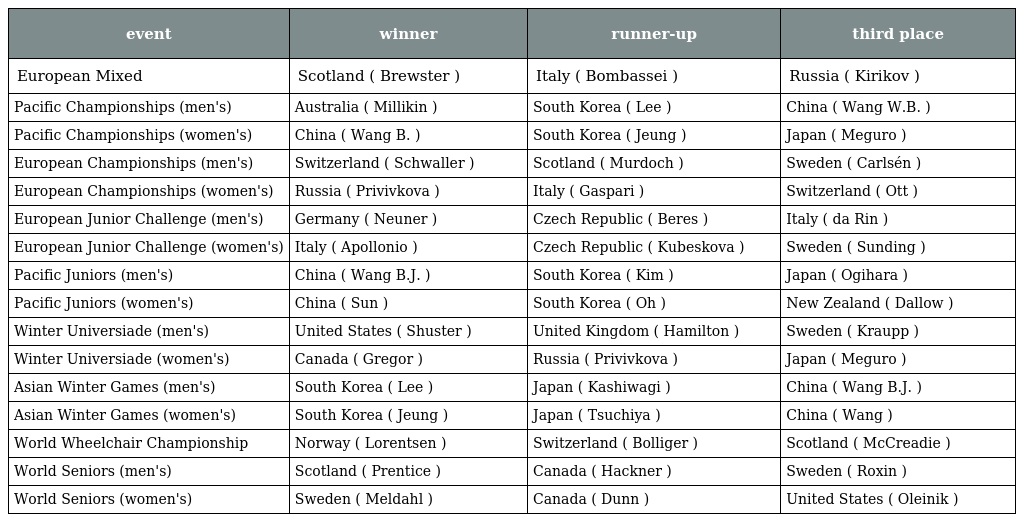
| event | winner | runner-up | third place |
 | --- | --- | --- | --- |
 | European Mixed | Scotland ( Brewster ) | Italy ( Bombassei ) | Russia ( Kirikov ) |
 | Pacific Championships (men's) | Australia ( Millikin ) | South Korea ( Lee ) | China ( Wang W.B. ) |
 | Pacific Championships (women's) | China ( Wang B. ) | South Korea ( Jeung ) | Japan ( Meguro ) |
 | European Championships (men's) | Switzerland ( Schwaller ) | Scotland ( Murdoch ) | Sweden ( Carlsén ) |
 | European Championships (women's) | Russia ( Privivkova ) | Italy ( Gaspari ) | Switzerland ( Ott ) |
 | European Junior Challenge (men's) | Germany ( Neuner ) | Czech Republic ( Beres ) | Italy ( da Rin ) |
 | European Junior Challenge (women's) | Italy ( Apollonio ) | Czech Republic ( Kubeskova ) | Sweden ( Sunding ) |
 | Pacific Juniors (men's) | China ( Wang B.J. ) | South Korea ( Kim ) | Japan ( Ogihara ) |
 | Pacific Juniors (women's) | China ( Sun ) | South Korea ( Oh ) | New Zealand ( Dallow ) |
 | Winter Universiade (men's) | United States ( Shuster ) | United Kingdom ( Hamilton ) | Sweden ( Kraupp ) |
 | Winter Universiade (women's) | Canada ( Gregor ) | Russia ( Privivkova ) | Japan ( Meguro ) |
 | Asian Winter Games (men's) | South Korea ( Lee ) | Japan ( Kashiwagi ) | China ( Wang B.J. ) |
 | Asian Winter Games (women's) | South Korea ( Jeung ) | Japan ( Tsuchiya ) | China ( Wang ) |
 | World Wheelchair Championship | Norway ( Lorentsen ) | Switzerland ( Bolliger ) | Scotland ( McCreadie ) |
 | World Seniors (men's) | Scotland ( Prentice ) | Canada ( Hackner ) | Sweden ( Roxin ) |
 | World Seniors (women's) | Sweden ( Meldahl ) | Canada ( Dunn ) | United States ( Oleinik ) |